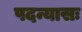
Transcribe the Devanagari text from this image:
पदन्यासः